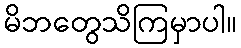
မိဘတွေသိကြမှာပါ။